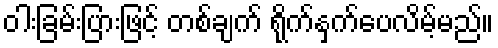
ဝါးခြမ်းပြားဖြင့် တစ်ချက် ရိုက်နှက်ပေလိမ့်မည်။